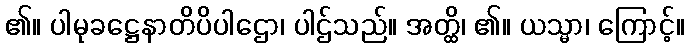
၏။ ပါမုခဋ္ဌေနာတိပိပါဌော၊ ပါဌ်သည်။ အတ္ထိ၊ ၏။ ယသ္မာ၊ ကြောင့်။